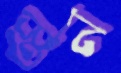
স্তন